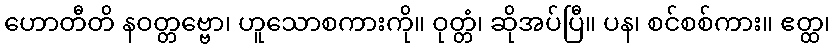
ဟောတီတိ နဝတ္တဗ္ဗော၊ ဟူသောစကားကို။ ဝုတ္တံ၊ ဆိုအပ်ပြီ။ ပန၊ စင်စစ်ကား။ ဧတ္ထ၊